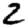
Digit: 2